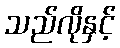
သည်လိုနှင့်